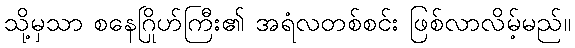
သို့မှသာ စနေဂြိုဟ်ကြီး၏ အရံလတစ်စင်း ဖြစ်လာလိမ့်မည်။